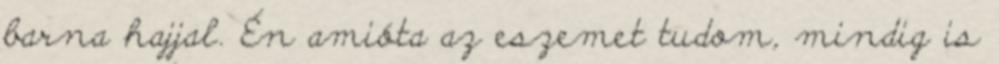
barna hajjal. Én amióta az eszemet tudom, mindig is